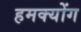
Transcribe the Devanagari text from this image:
हमक्योंग